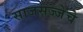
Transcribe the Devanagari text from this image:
साजसज्जेचे